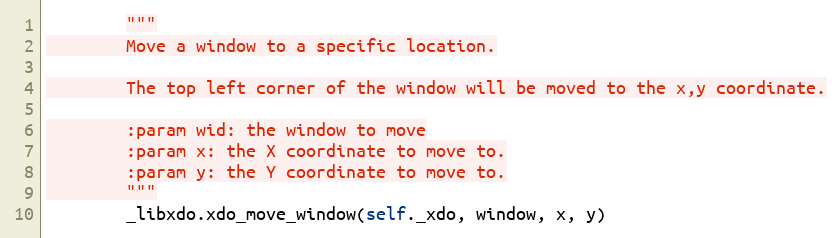
Language: Python
        """
        Move a window to a specific location.

        The top left corner of the window will be moved to the x,y coordinate.

        :param wid: the window to move
        :param x: the X coordinate to move to.
        :param y: the Y coordinate to move to.
        """
        _libxdo.xdo_move_window(self._xdo, window, x, y)